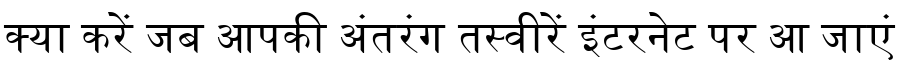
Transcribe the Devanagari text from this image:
क्या करें जब आपकी अंतरंग तस्वीरें इंटरनेट पर आ जाएं